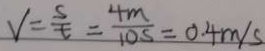
V = \frac { s } { t } = \frac { 4 m } { 1 0 s } = 0 . 4 m / s